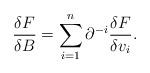
LaTeX: \begin{align*}\frac{\delta F}{\delta B} = \sum_{i=1}^n \partial^{-i} \frac{\delta F}{\delta v_i}.\end{align*}